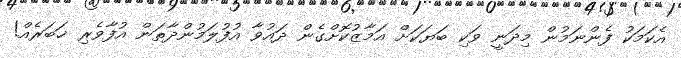
އެކަމަކު ފެންނަމުން މިދަނީ ވަކި ބަޔަކަށް އަމާޒުކޮށްގެން ދައުވާ އުފުލަމުންދާތަން އުފާވެރި ޚަބަރެއް!